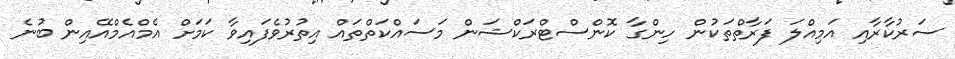
ސަރުކާރާއި އަމިއްލަ ފަރާތްތަކުން ހިންގާ ކޮންސްޓްރަކްޝަން މަސައްކަތްތައް އިތުރުވެފައިވާ ކަމަށް އެމްއެމްއޭއިން ބުނެ